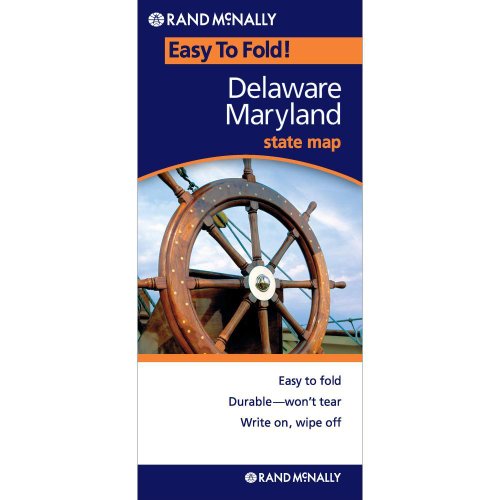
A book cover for Rand McNally Delaware - Maryland Easy to Fold (Laminated) (EasyFinder) (Easyfinder S); Rand McNally; Travel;